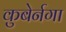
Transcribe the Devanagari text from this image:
कुबेर्नगा